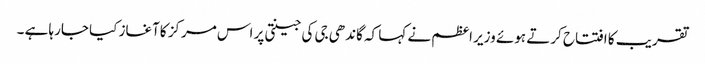
تقریب کا افتتاح کرتے ہوئے وزیر اعظم نے کہا کہ گاندھی جی کی جینتی پر اس مرکز کاآغاز کیا جارہا ہے ۔